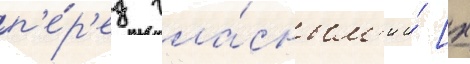
п'е́р'ед гла́сным'и и́ [х